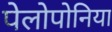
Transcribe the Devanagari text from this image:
पेलोपोनिया